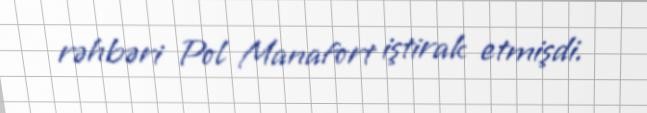
rəhbəri Pol Manafort iştirak etmişdi.